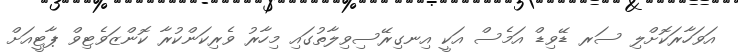
އަވަހާރަކޮށްލި ސަރ ޑޭވިޑް އަމެސް އަކީ އިނގިރޭސިވިލާތުގައި މިހާރު ވެރިކަންކުރާ ކޮންޒަވެޓިވް ޕާޓީއަށް